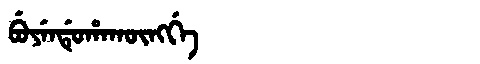
Manchu: ᠪᡠᠶᡝᠨᡩᡠᡥᠠᡴᡡᠩᡤᡝ
Romanization: BUYENDUHAKŪNGGE